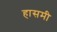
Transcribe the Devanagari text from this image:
हासमी